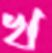
খ